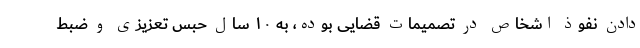
دادن نفوذ اشخاص در تصمیمات قضایی بوده، به ۱۰ سال حبس تعزیزی و ضبط